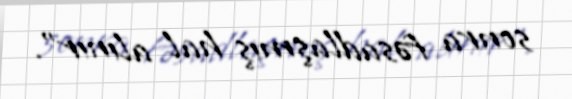
sonra fəsadlaşmış hal alınır”.